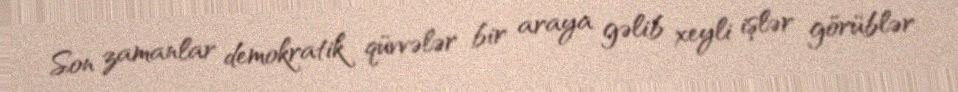
Son zamanlar demokratik qüvvələr bir araya gəlib xeyli işlər görüblər.